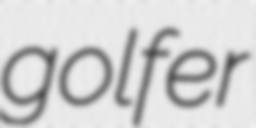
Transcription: golfer